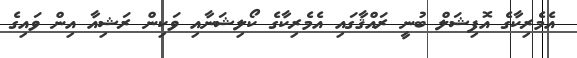
އެމެރިކާގެ އޮފިޝަލް ބުނީ ރައްޤާގައި އެމެރިކާގެ ކޯލިޝަނާއި ވަކިން ރަޝިއާ އިން ވައިގެ